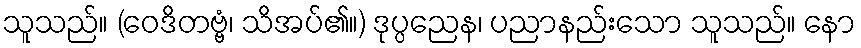
သူသည်။ (ဝေဒိတဗ္ဗံ၊ သိအပ်၏။) ဒုပ္ပညေန၊ ပညာနည်းသော သူသည်။ နော